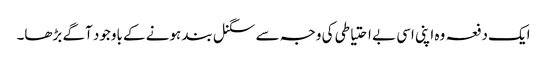
ایک دفعہ وہ اپنی اسی بے احتیاطی کی وجہ سے سگنل بند ہونے کے باوجود آگے بڑھا۔